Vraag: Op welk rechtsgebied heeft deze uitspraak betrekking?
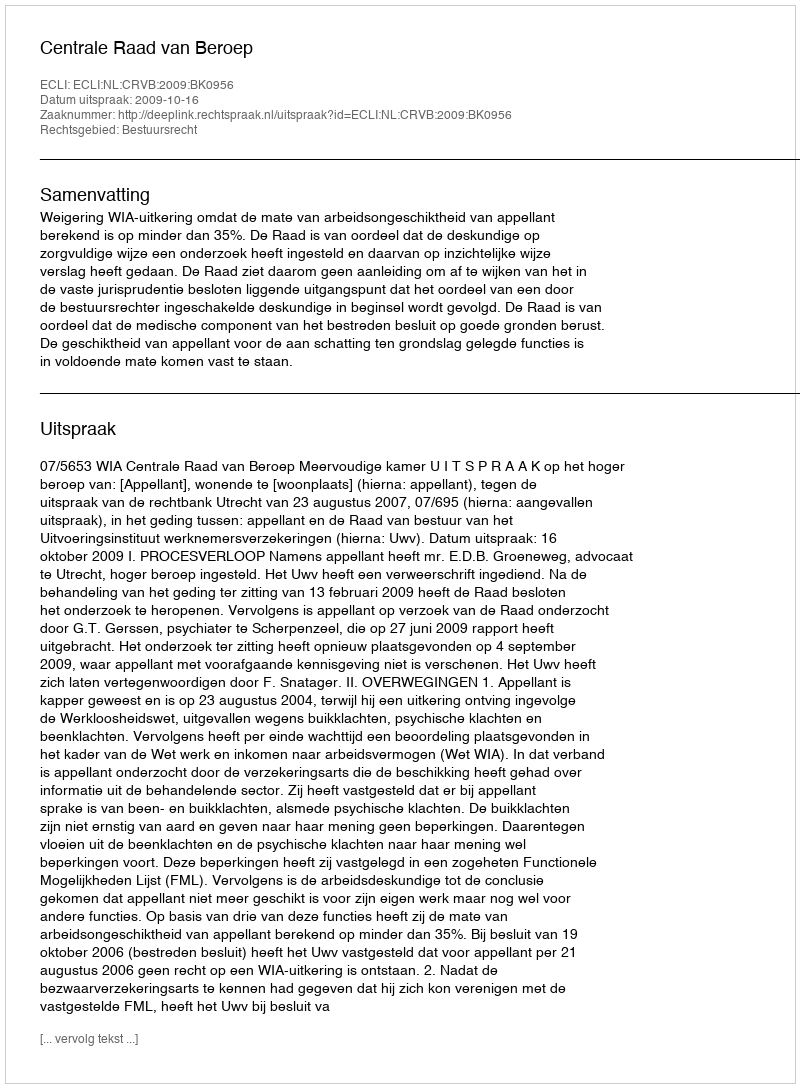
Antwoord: Bestuursrecht